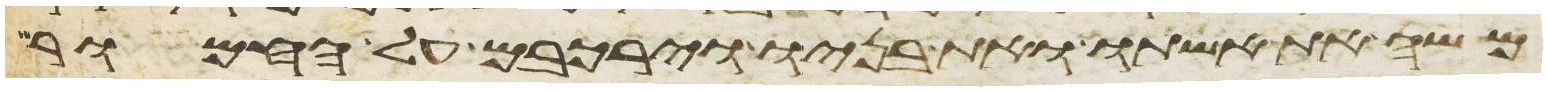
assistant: משה את אשתו ואת בניו וירכבם על החמור